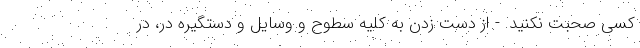
کسی صحبت نکنید. - از دست زدن به کلیه سطوح و وسایل و دستگیره در، در